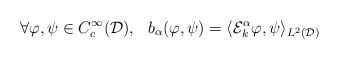
\begin{align*}\forall \varphi,\psi \in C_c^{\infty}(\mathcal{D}), \ \ b_{\alpha}(\varphi,\psi) = \langle \mathcal{E}_k^{\alpha}\varphi,\psi\rangle_{L^2(\mathcal{D})}\end{align*}